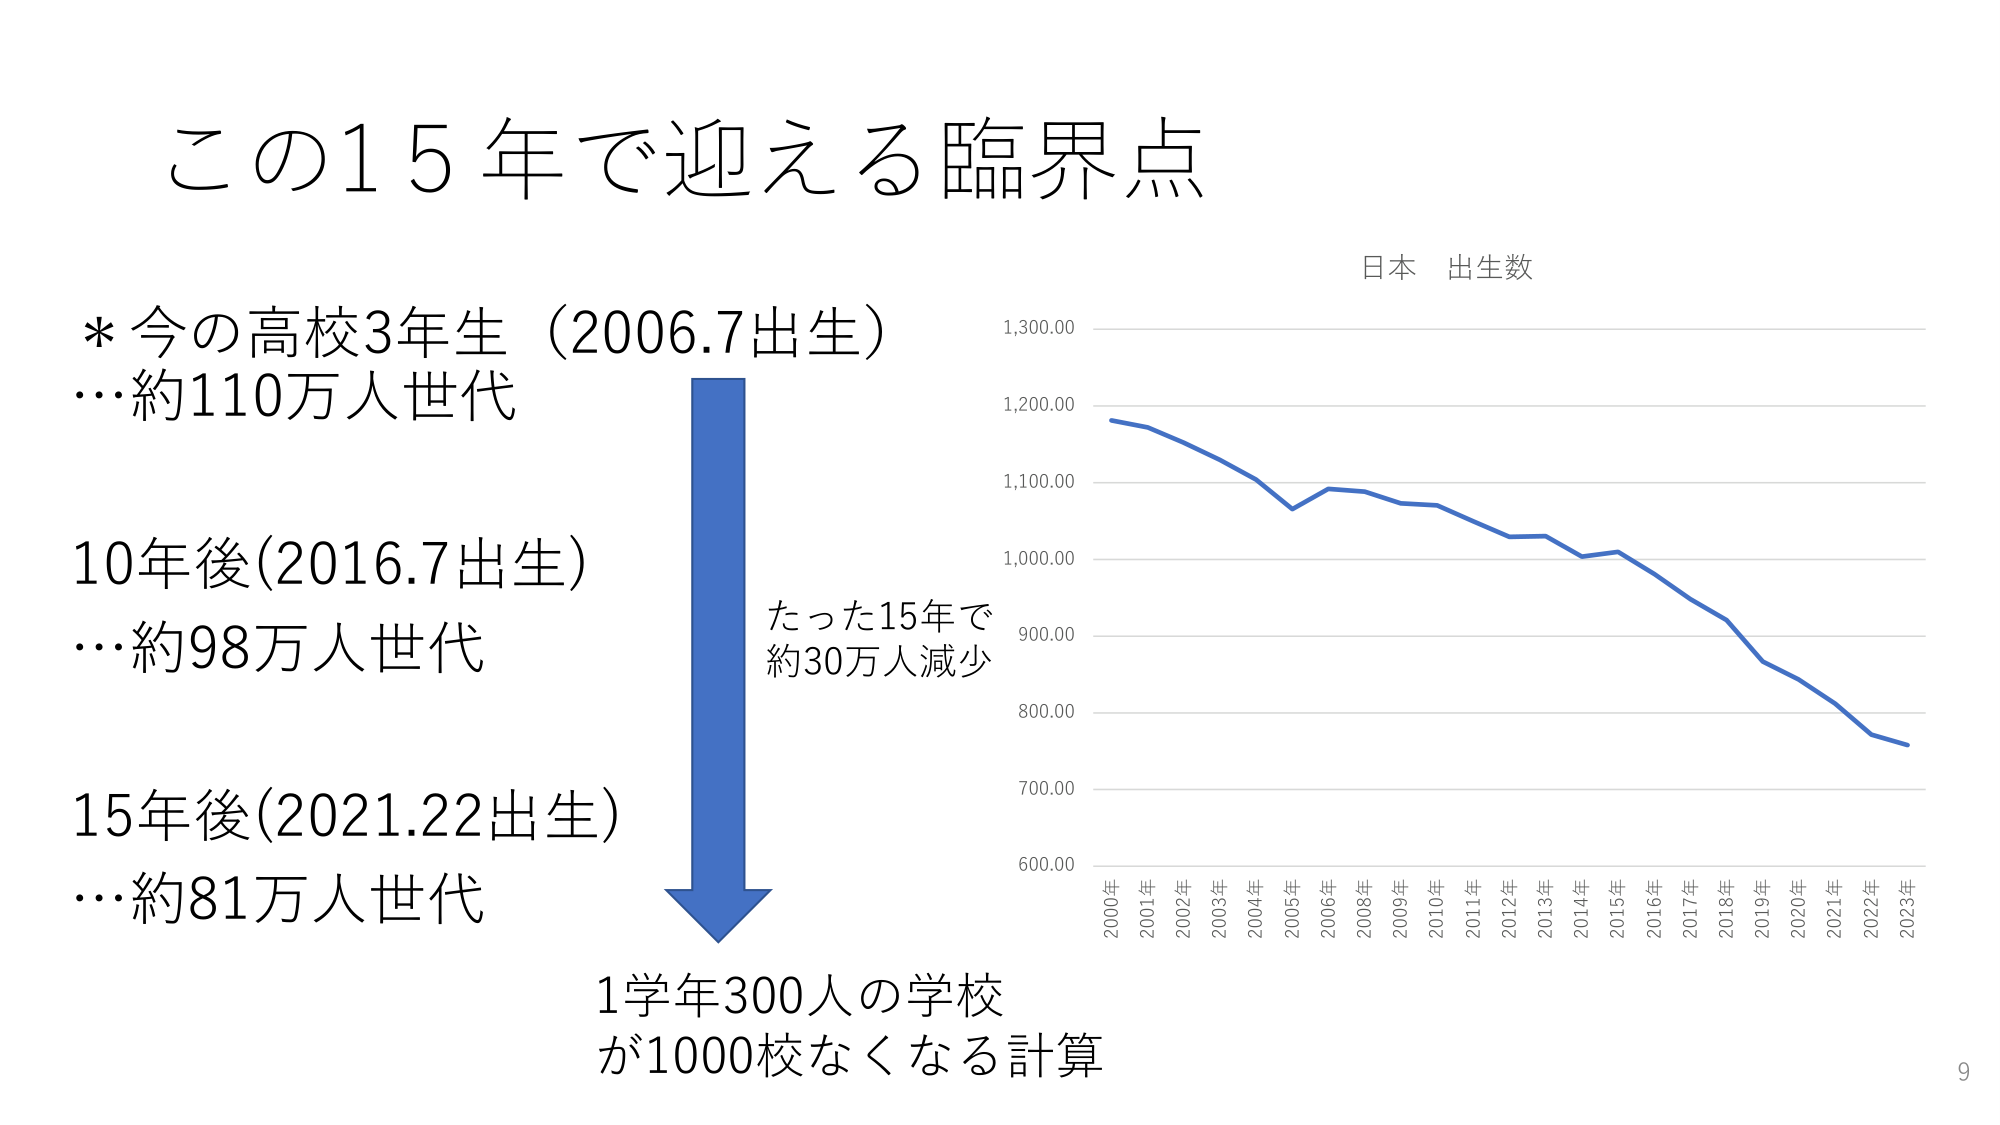
この15年で迎える臨界点

* 今の高校3年生（2006.7出生）
…約110万人世代

10年後(2016.7出生)
…約98万人世代

15年後(2021.22出生)
…約81万人世代

たった15年で
約30万人減少

1学年300人の学校
が1000校なくなる計算

日本 出生数

1,300.00
1,200.00
1,100.00
1,000.00
900.00
800.00
700.00
600.00

2000年 2001年 2002年 2003年 2004年 2005年 2006年 2008年 2009年 2010年 2011年 2012年 2013年 2014年 2015年 2016年 2017年 2018年 2019年 2020年 2021年 2022年 2023年

9